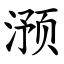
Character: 滪